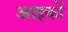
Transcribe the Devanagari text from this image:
आइकों